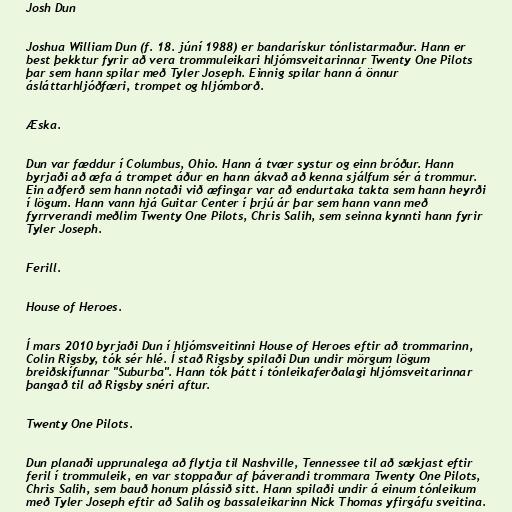
Josh Dun

Joshua William Dun (f. 18. júní 1988) er bandarískur tónlistarmaður. Hann er
best þekktur fyrir að vera trommuleikari hljómsveitarinnar Twenty One Pilots
þar sem hann spilar með Tyler Joseph. Einnig spilar hann á önnur
ásláttarhljóðfæri, trompet og hljómborð.

Æska.

Dun var fæddur í Columbus, Ohio. Hann á tvær systur og einn bróður. Hann
byrjaði að æfa á trompet áður en hann ákvað að kenna sjálfum sér á trommur.
Ein aðferð sem hann notaði við æfingar var að endurtaka takta sem hann heyrði
í lögum. Hann vann hjá Guitar Center í þrjú ár þar sem hann vann með
fyrrverandi meðlim Twenty One Pilots, Chris Salih, sem seinna kynnti hann fyrir
Tyler Joseph.

Ferill.

House of Heroes.

Í mars 2010 byrjaði Dun í hljómsveitinni House of Heroes eftir að trommarinn,
Colin Rigsby, tók sér hlé. Í stað Rigsby spilaði Dun undir mörgum lögum
breiðskífunnar "Suburba". Hann tók þátt í tónleikaferðalagi hljómsveitarinnar
þangað til að Rigsby snéri aftur.

Twenty One Pilots.

Dun planaði upprunalega að flytja til Nashville, Tennessee til að sækjast eftir
feril í trommuleik, en var stoppaður af þáverandi trommara Twenty One Pilots,
Chris Salih, sem bauð honum plássið sitt. Hann spilaði undir á einum tónleikum
með Tyler Joseph eftir að Salih og bassaleikarinn Nick Thomas yfirgáfu sveitina.